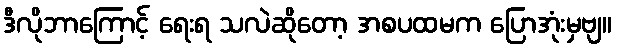
ဒီလိုဘာကြောင့် ရေးရ သလဲဆိုတော့ အစပထမက ပြောအုံးမှဗျ။